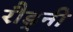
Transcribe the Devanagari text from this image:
रौड्नी